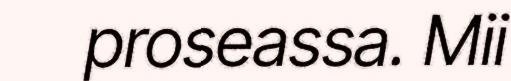
proseassa. Mii